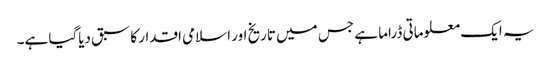
یہ ایک معلوماتی ڈراما ہے جس میں تاریخ اور اسلامی اقدار کا سبق دیاگیا ہے۔